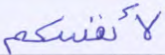
لأنفسكم